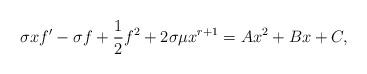
LaTeX: \begin{align*} \sigma x f'-\sigma f+\frac{1}{2}f^2+2\sigma \mu x^{r+1}=Ax^{2}+B x+C,\end{align*}